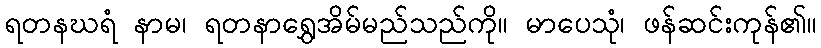
ရတနဃရံ နာမ၊ ရတနာရွှေအိမ်မည်သည်ကို။ မာပေသုံ၊ ဖန်ဆင်းကုန်၏။